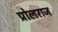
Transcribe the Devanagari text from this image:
प्रोलराज